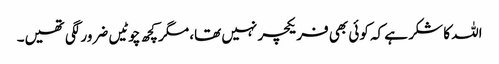
اللہ کا شکر ہے کہ کوئی بھی فریکچر نہیں تھا، مگر کچھ چوٹیں ضرور لگی تھیں۔